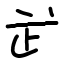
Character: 㱐